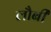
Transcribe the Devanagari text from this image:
लौबी